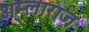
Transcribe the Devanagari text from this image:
अम्लाराज